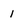
Character: 1